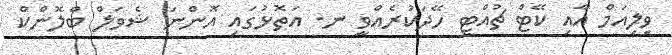
ވިލިއަމް އާއި ކޭޓް ޗުއްޓީ ހޭދަކުރެއްވީ ނ. އަތޮޅުގައި އޮންނަ ޝެވަލް ބްލޮންކް